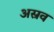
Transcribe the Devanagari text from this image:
अस्रव